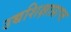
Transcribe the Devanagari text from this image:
उच्चशिक्षाप्राप्त